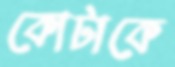
কোটাকে